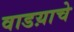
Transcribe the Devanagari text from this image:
वाडय़ाचे